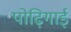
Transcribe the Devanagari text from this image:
पोढ़िगाई